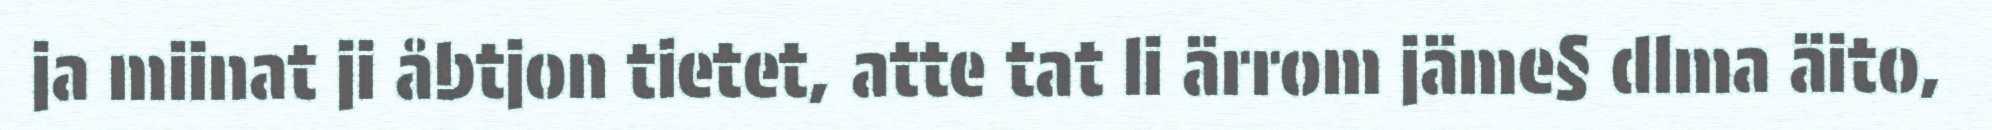
ja miinat ji åbtjon tietet, atte tat li ärrom jäme§ dlma äito,